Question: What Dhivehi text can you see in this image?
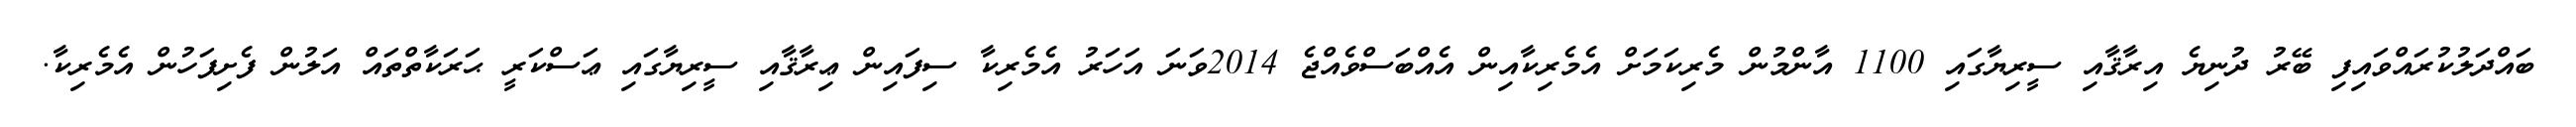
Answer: ބައްދަލުކުރައްވައިފި ބޭރު ދުނިޔެ އިރާޤާއި ސީރިޔާގައި 1100 އާންމުން މެރިކަމަށް އެމެރިކާއިން އެއްބަސްވެއްޖެ 2014ވަނަ އަހަރު އެމެރިކާ ސިފައިން ޢިރާޤާއި ސީރިޔާގައި ޢަސްކަރީ ޙަރަކާތްތައް އަލުން ފެށިފަހުން އެމެރިކާ.